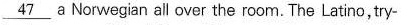
\underline{47}aNOrwegian all over the rom. The Latino,try